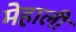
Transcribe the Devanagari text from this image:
मेहाली